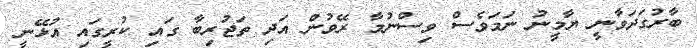
ބާރުގަދަވާނީ ޔާމީނު ނަމަވެސް ވިސްނުމާ ރޭވުން އަދި ތަޖުރިބާ ގައި ކުރީގައި އުޅޭނީ